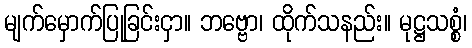
မျက်မှောက်ပြုခြင်းငှာ။ ဘဗ္ဗော၊ ထိုက်သနည်း။ မုဋ္ဌသစ္စံ၊